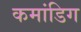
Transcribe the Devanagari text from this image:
कमांडिग